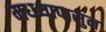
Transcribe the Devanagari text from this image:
मध्ध्यापासुन